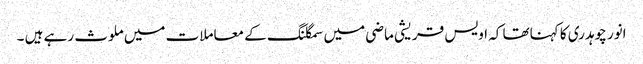
انور چوہدری کا کہناتھا کہ اویس قریشی ماضی میں سمگلنگ کے معاملات میں ملوث رہے ہیں ۔